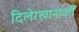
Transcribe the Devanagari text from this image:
दिलेरखानावरी